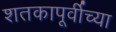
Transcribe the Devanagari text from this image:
शतकापूर्वीच्या